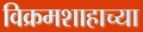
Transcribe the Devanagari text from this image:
विक्रमशाहाच्या